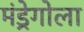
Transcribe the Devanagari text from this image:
मंड्रेगोला